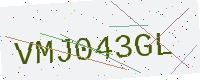
Text: VMJ043GL